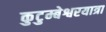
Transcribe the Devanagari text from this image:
कुटुम्बेश्वरयात्रा